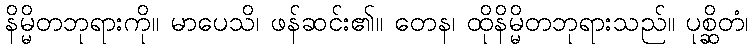
နိမ္မိတဘုရားကို။ မာပေသိ၊ ဖန်ဆင်း၏။ တေန၊ ထိုနိမ္မိတဘုရားသည်။ ပုစ္ဆိတံ၊